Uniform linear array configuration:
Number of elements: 64
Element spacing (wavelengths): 0.25
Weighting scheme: hamming
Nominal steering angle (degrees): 60
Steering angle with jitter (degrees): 61.572
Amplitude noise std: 0.05
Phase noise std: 0.05

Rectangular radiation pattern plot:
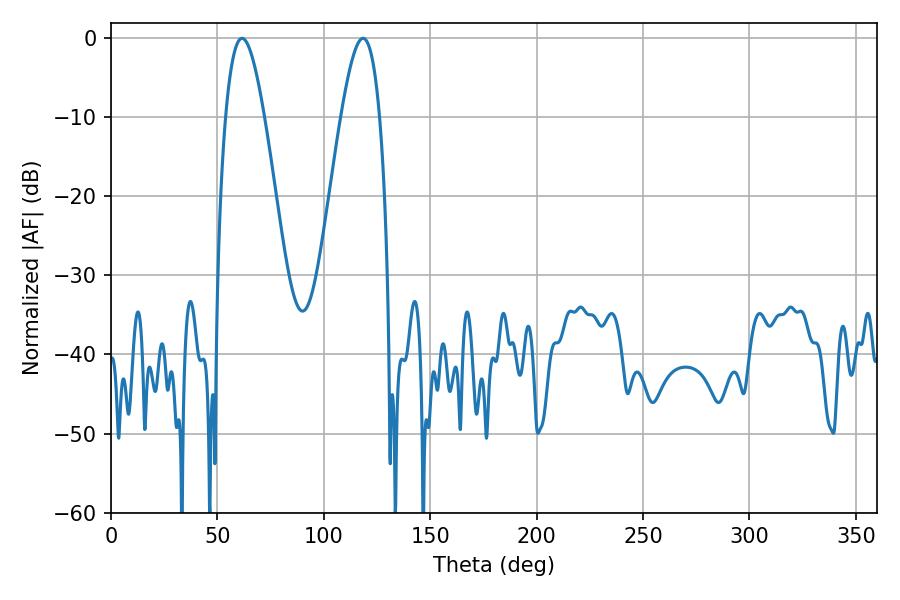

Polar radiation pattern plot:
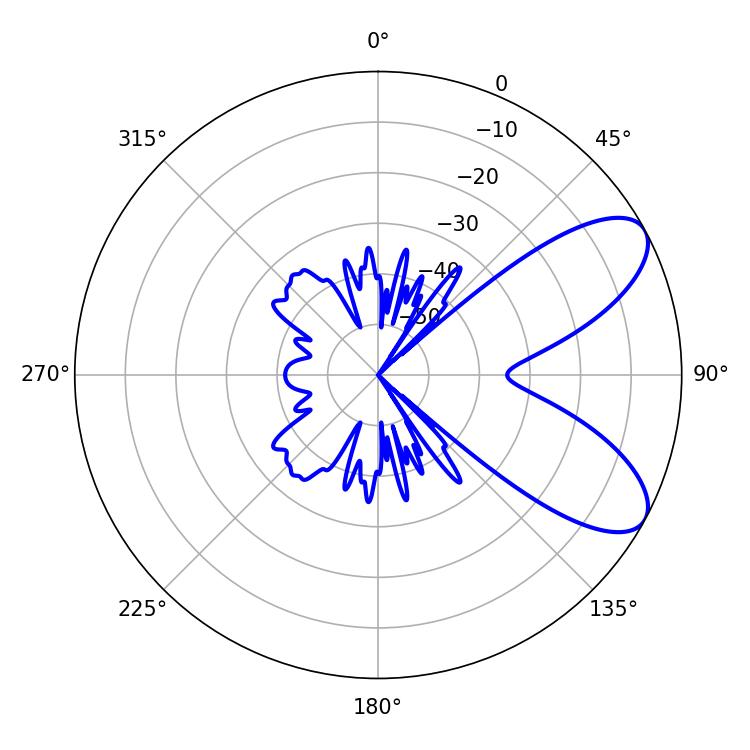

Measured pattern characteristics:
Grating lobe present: FALSE
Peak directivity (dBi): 7.82
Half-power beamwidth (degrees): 9.9
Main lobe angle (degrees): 61.56